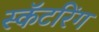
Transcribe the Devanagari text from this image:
स्कॅटरिंग